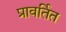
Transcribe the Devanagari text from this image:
प्रावर्तित